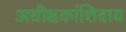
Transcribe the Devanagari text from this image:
अधीक्षकांशिवाय